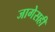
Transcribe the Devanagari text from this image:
जागेसही